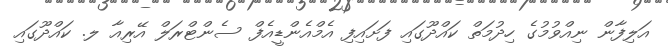
އަލިފާން ނިއްވުމުގެ ހިދުމަތް ކައްދޫގައި ފަށައިފި އެމްއެންޑީއެފް ސެންޓްރަލް އޭރިއާ ލ. ކައްދޫގައި